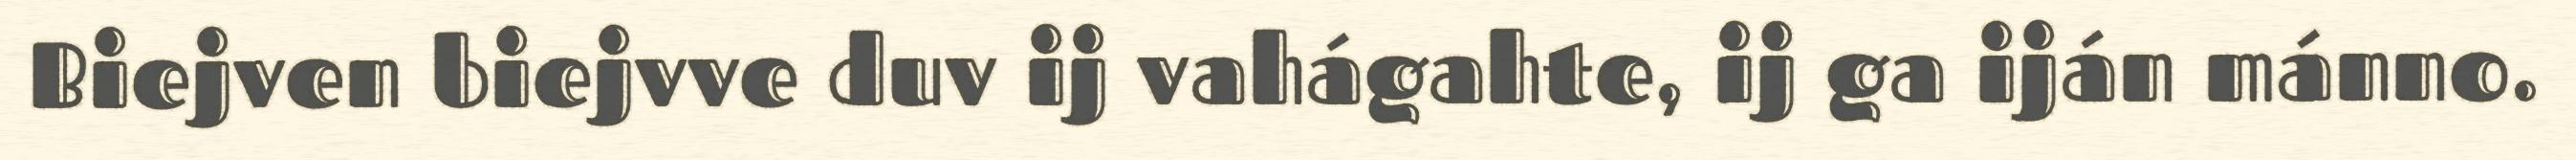
Biejven biejvve duv ij vahágahte, ij ga iján mánno.